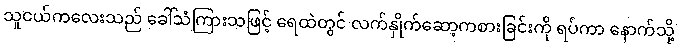
သူငယ်ကလေးသည် ခေါ်သံကြားသဖြင့် ရေထဲတွင် လက်နှိုက်ဆော့ကစားခြင်းကို ရပ်ကာ နောက်သို့